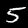
Label: 5